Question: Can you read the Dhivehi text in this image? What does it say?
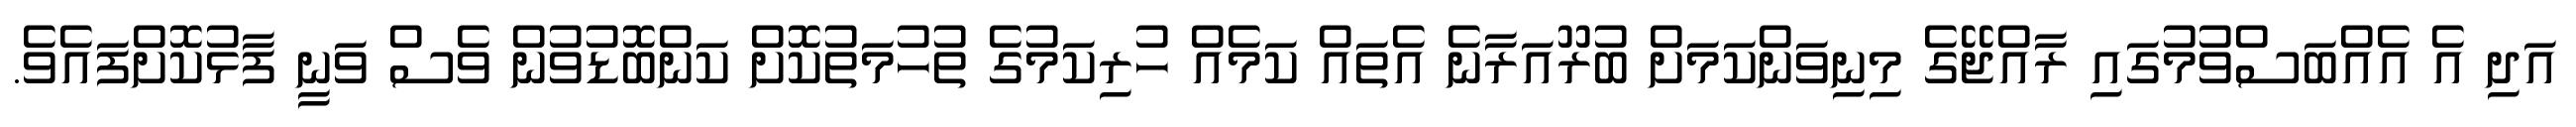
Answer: އަދި އެ އެއްބަސްވުމުގައި ރާއްޖޭގެ މިނިވަންކަމަށް ބުރޫއަރާނެ އެތައް ކަމެއް ހުރިކަމުގެ ތުހުމަތުކޮށް ކަންބޮޑުވުން ވެސް ވަނީ ފާޅުކޮށްފައެވެ.